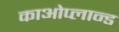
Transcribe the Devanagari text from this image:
काओप्लान्ड